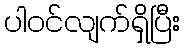
ပါဝင်လျက်ရှိပြီး